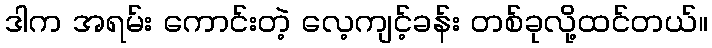
ဒါက အရမ်း ကောင်းတဲ့ လေ့ကျင့်ခန်း တစ်ခုလို့ထင်တယ်။